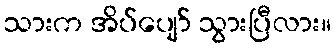
သားက အိပ်ပျော် သွားပြီလား။